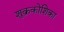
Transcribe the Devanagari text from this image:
शुक्रकोशिका